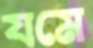
যমে